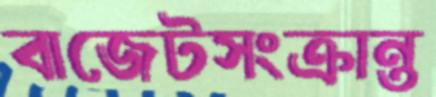
বাজেটসংক্রান্ত